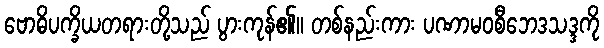
ဗောဓိပက္ခိယတရားတို့သည် ပွားကုန်၏။ တစ်နည်းကား ပဏာမဝစီဘေဒသဒ္ဒကို